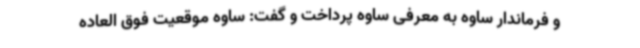
و فرماندار ساوه به معرفی ساوه پرداخت و گفت: ساوه موقعیت فوق العاده